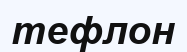
тефлон